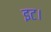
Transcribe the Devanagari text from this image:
इट।